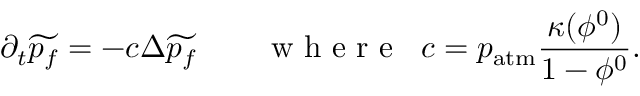
\partial _ { t } \widetilde { p _ { f } } = - c \Delta \widetilde { p _ { f } } \qquad \mathrm { ~ w ~ h ~ e ~ r ~ e ~ } \; \; c = p _ { \mathrm { a t m } } \frac { \kappa ( \phi ^ { 0 } ) } { 1 - \phi ^ { 0 } } .